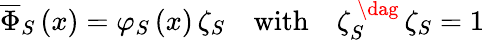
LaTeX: \begin{array}{r}{\overline{{\Phi}}_{S}\left(x\right)=\varphi_{S}\left(x\right)\, \zeta_{S}\quad\mathrm{with}\quad\zeta_{S}^{\, \dag}\, \zeta_{S}=1}\end{array}